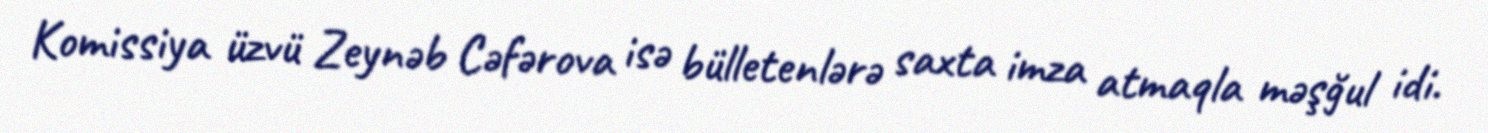
Komissiya üzvü Zeynəb Cəfərova isə bülletenlərə saxta imza atmaqla məşğul idi.